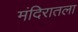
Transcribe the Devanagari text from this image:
मंदिरातला